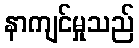
နာကျင်မှုသည်